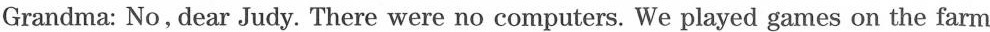
Grandma: No, dear Judy. There were no computers. We played games on the farm